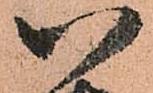
八